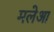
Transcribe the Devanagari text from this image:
मलेआ